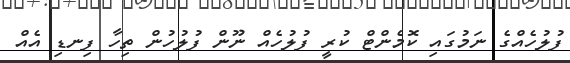
ފުލުހެއްގެ ނަމުގައި ކޮމެންޓް ކުރީ ފުލުހެއް ނޫން ފުލުހުން ތިހާ ފިނޑި އެއް